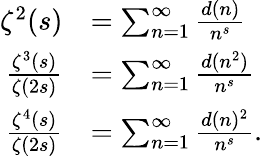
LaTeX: {\begin{array}{rl}{\zeta^{2}(s)}&{=\sum_{n=1}^{\infty}{\frac{d(n)}{n^{s}}}}\\ {{\frac{\zeta^{3}(s)}{\zeta(2s)}}}&{=\sum_{n=1}^{\infty}{\frac{d(n^{2})}{n^{s}}}}\\ {{\frac{\zeta^{4}(s)}{\zeta(2s)}}}&{=\sum_{n=1}^{\infty}{\frac{d(n)^{2}}{n^{s}}}.}\end{array}}